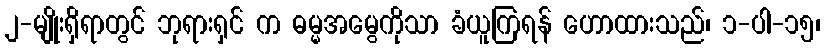
၂-မျိုးရှိရာတွင် ဘုရားရှင် က ဓမ္မအမွေကိုသာ ခံယူကြရန် ဟောထားသည်၊ ၁-ပါ-၁၅၊